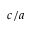
c / a